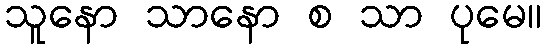
သူနော သာနော စ သာ ပုမေ။